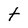
Character: t